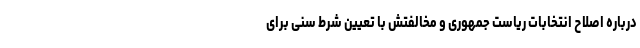
درباره اصلاح انتخابات ریاست جمهوری و مخالفتش با تعیین شرط سنی برای